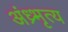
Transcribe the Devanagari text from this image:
अंध्र्भृत्य